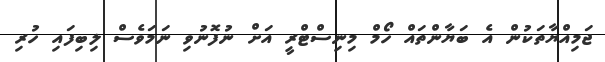
ޖަމިއްޔާތަކުން އެ ބަޔާންތައް ހޯމް މިނިސްޓްރީ އަށް ނުފޮނުވި ނަމަވެސް ލިބިފައި ހުރި